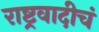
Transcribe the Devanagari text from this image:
राष्ट्रवादीचं